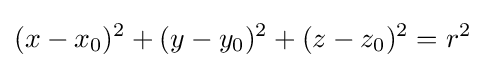
(x-x_{0})^{2}+(y-y_{0})^{2}+(z-z_{0})^{2}=r^{2}